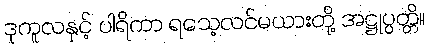
ဒုကူလနှင့် ပါရိကာ ရသေ့လင်မယားတို့ အဋ္ဌုပ္ပတ္တိ။